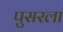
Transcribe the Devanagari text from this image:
पुसरला